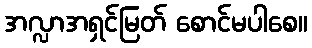
အလ္လာအရှင်မြတ် စောင်မပါစေ။